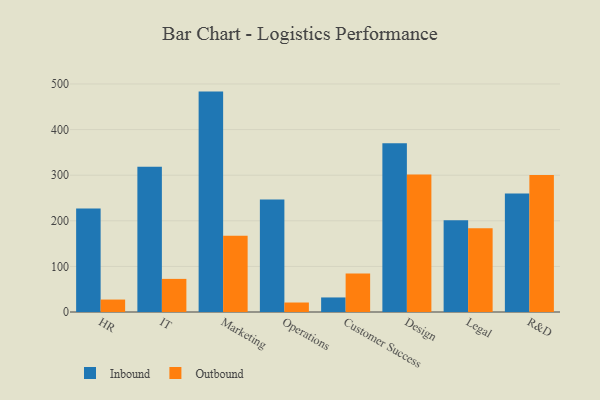
{"axis": {"x": "Department", "y": "Headcount"}, "legend": ["Inbound", "Outbound"], "data": [{"x": "HR", "y": 226.8, "type": "Inbound"}, {"x": "HR", "y": 27.3, "type": "Outbound"}, {"x": "IT", "y": 318.5, "type": "Inbound"}, {"x": "IT", "y": 72.6, "type": "Outbound"}, {"x": "Marketing", "y": 483.3, "type": "Inbound"}, {"x": "Marketing", "y": 167.4, "type": "Outbound"}, {"x": "Operations", "y": 246.8, "type": "Inbound"}, {"x": "Operations", "y": 20.8, "type": "Outbound"}, {"x": "Customer Success", "y": 31.9, "type": "Inbound"}, {"x": "Customer Success", "y": 84.2, "type": "Outbound"}, {"x": "Design", "y": 369.9, "type": "Inbound"}, {"x": "Design", "y": 301.4, "type": "Outbound"}, {"x": "Legal", "y": 201.1, "type": "Inbound"}, {"x": "Legal", "y": 183.6, "type": "Outbound"}, {"x": "R&D", "y": 259.7, "type": "Inbound"}, {"x": "R&D", "y": 300.5, "type": "Outbound"}]}